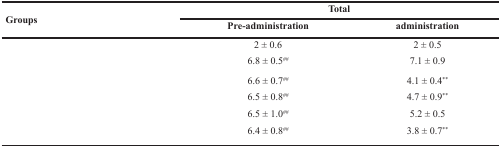
<table><thead><tr><td rowspan="2"><b>Groups</b></td><td colspan="2"><b>Total</b></td></tr><tr><td><b>Pre-administration</b></td><td><b>administration</b></td></tr></thead><tbody><tr><td>[EMPTY_CELL]</td><td>2 ± 0.6</td><td>2 ± 0.5</td></tr><tr><td>[EMPTY_CELL]</td><td>6.8 ± 0.5<sup>##</sup></td><td>7.1 ± 0.9</td></tr><tr><td>[EMPTY_CELL]</td><td>6.6 ± 0.7<sup>##</sup></td><td>4.1 ± 0.4<sup>**</sup></td></tr><tr><td>[EMPTY_CELL]</td><td>6.5 ± 0.8<sup>##</sup></td><td>4.7 ± 0.9<sup>**</sup></td></tr><tr><td>[EMPTY_CELL]</td><td>6.5 ± 1.0<sup>##</sup></td><td>5.2 ± 0.5</td></tr><tr><td>[EMPTY_CELL]</td><td>6.4 ± 0.8<sup>##</sup></td><td>3.8 ± 0.7<sup>**</sup></td></tr></tbody></table>